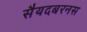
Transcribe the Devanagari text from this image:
सैयदबरनस